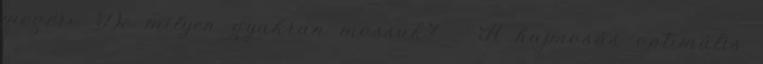
megéri. De milyen gyakran mossuk? - A hajmosás optimális